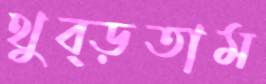
থুব্‌ড়তাম